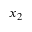
x _ { 2 }